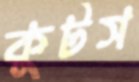
কুটস